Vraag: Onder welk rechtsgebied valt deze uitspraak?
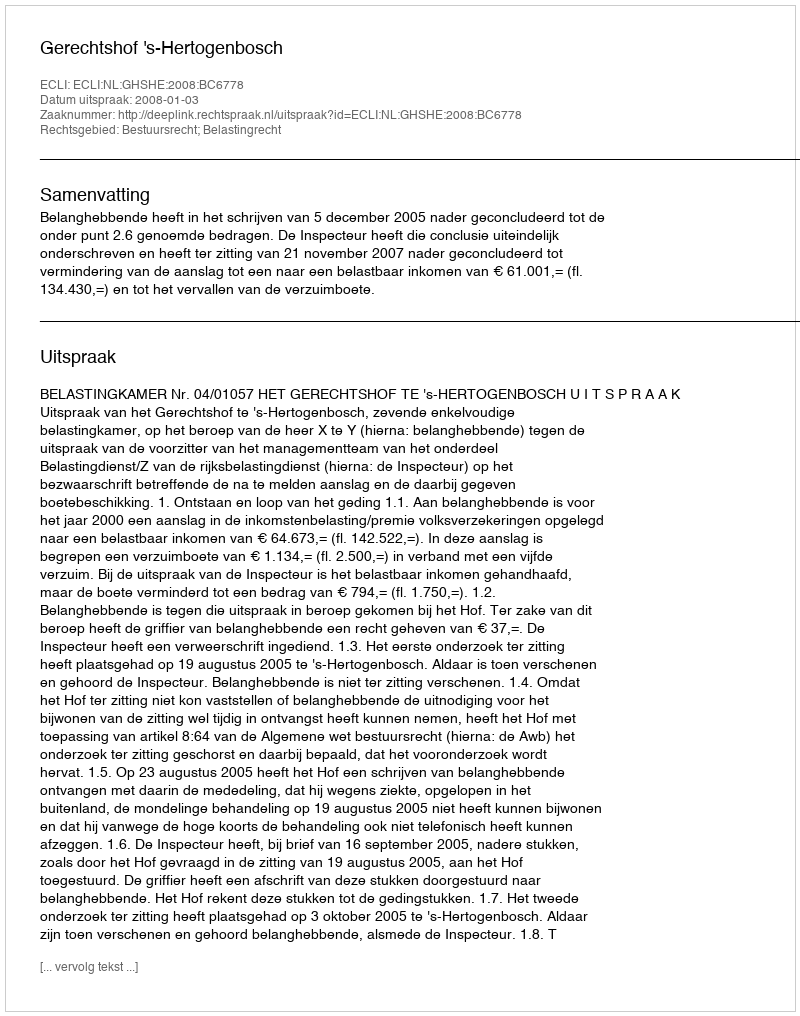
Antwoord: Bestuursrecht; Belastingrecht